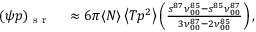
\begin{array} { r l } { ( \psi p ) _ { \mathrm { ~ s ~ r ~ } } } & { { } \approx 6 \pi \langle N \rangle \left\langle T p ^ { 2 } \right\rangle \left( \frac { s ^ { 8 7 } \nu _ { 0 0 } ^ { 8 5 } - s ^ { 8 5 } \nu _ { 0 0 } ^ { 8 7 } } { 3 \nu _ { 0 0 } ^ { 8 7 } - 2 \nu _ { 0 0 } ^ { 8 5 } } \right) , } \end{array}